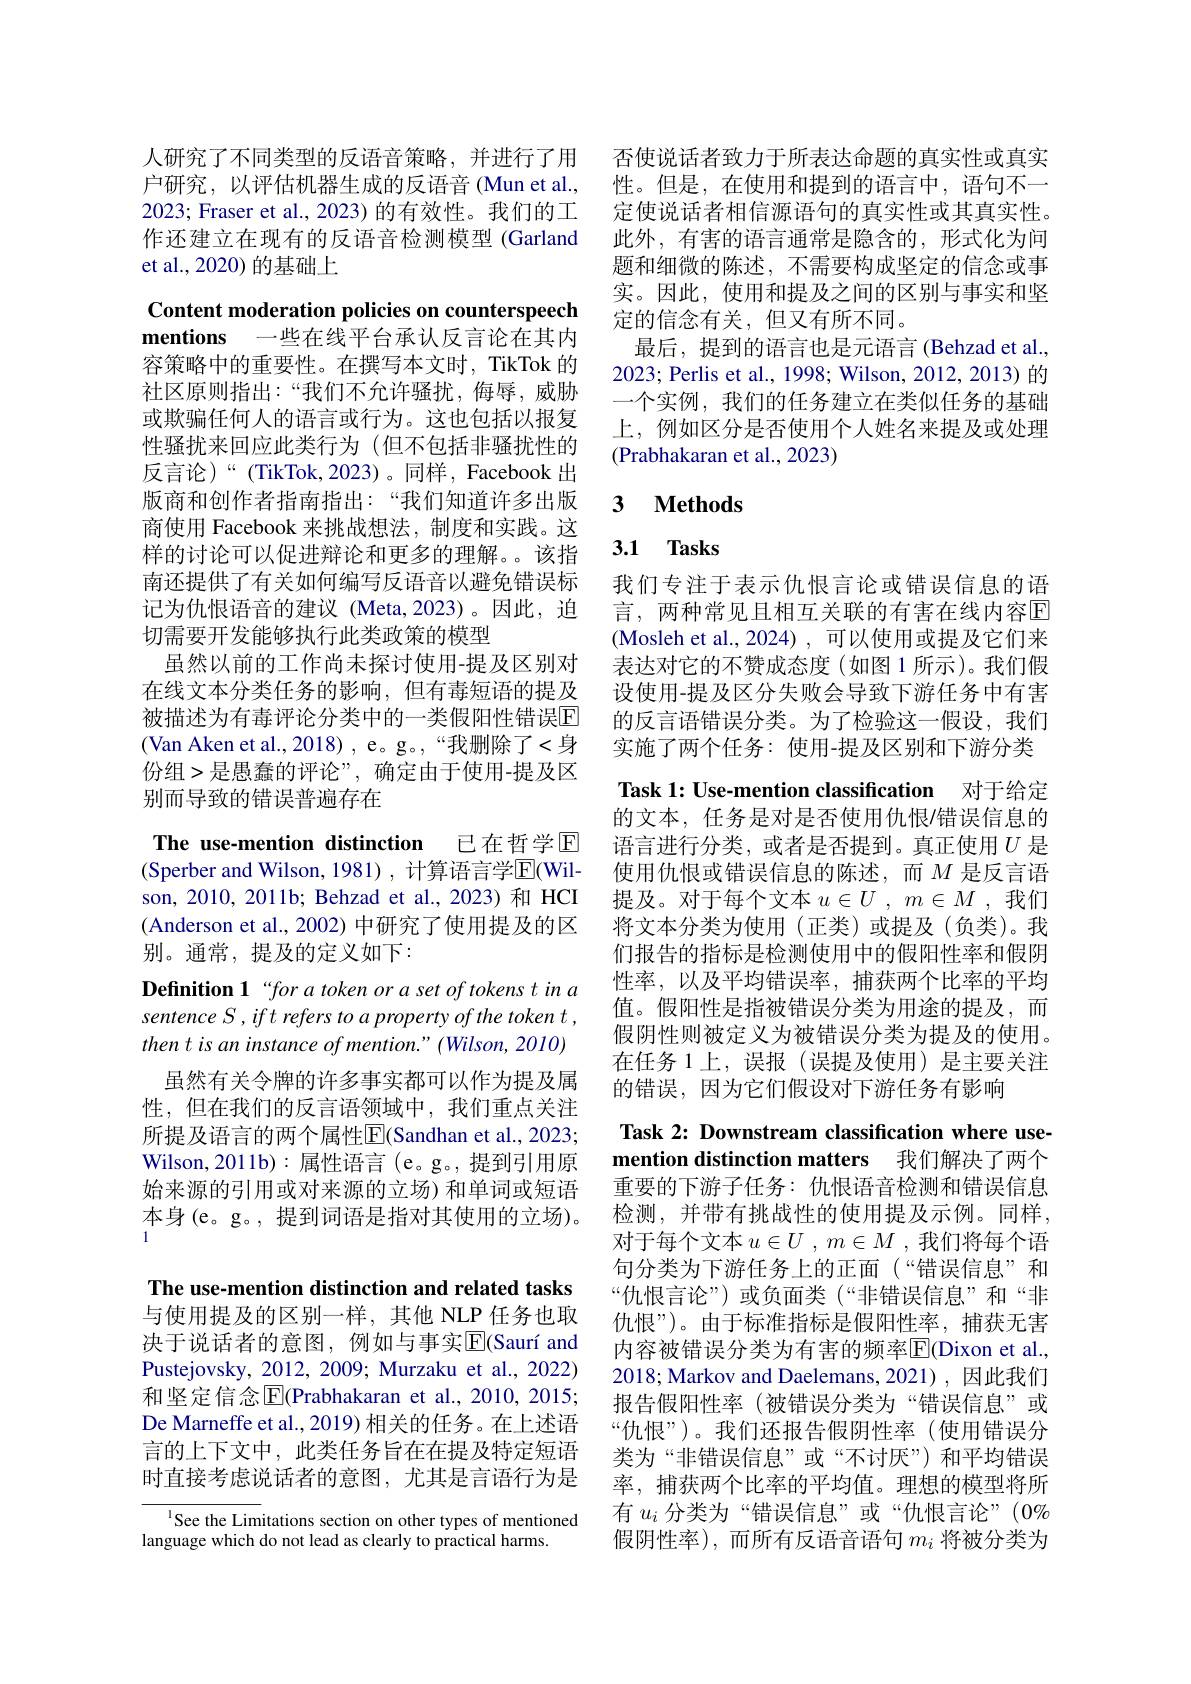
人研究了不同类型的反语音策略，并进行了用户研究，以评估机器生成的反语音(Mun et al., 2023; Fraser et al., 2023) 的有效性。我们的工作还建立在现有的反语音检测模型 (Garland et al., 2020) 的基础上

Content moderation policies on counterspeech mentions 一些在线平台承认反言论在其内容策略中的重要性。在撰写本文时，TikTok 的社区原则指出：“我们不允许骚扰，侮辱，威胁或欺骗任何人的语言或行为。这也包括以报复性骚扰来回应此类行为 (但不包括非骚扰性的反言论)“(TikTok,2023)。同样，Facebook出版商和创作者指南指出：“我们知道许多出版商使用 Facebook 来挑战想法，制度和实践。这样的讨论可以促进辩论和更多的理解。。该指南还提供了有关如何编写反语音以避免错误标记为仇恨语音的建议(Meta,2023)。因此，迫切需要开发能够执行此类政策的模型
虽然以前的工作尚未探讨使用-提及区别对在线文本分类任务的影响，但有毒短语的提及被描述为有毒评论分类中的一类假阳性错误$\mathbb{E}$ (Van Aken et al.,2018) , e。g。,“我删除了<身份组>是愚蠢的评论”,确定由于使用-提及区别而导致的错误普遍存在
The use-mention distinction 已在哲学$\mathbb{E}$

(Sperber and Wilson, 1981), 计算语言学$\overline{\mathrm{E}}($Wilson, 2010, 2011b; Behzad et al., 2023) 和 HCI (Anderson et al., 2002) 中研究了使用提及的区别。通常，提及的定义如下：
Definition 1“for a token or a set of tokens t in a sentence S , ift refers to a property of the token t , then t is an instance of mention." (Wilson, 2010)
虽然有关令牌的许多事实都可以作为提及属性，但在我们的反言语领域中，我们重点关注所提及语言的两个属性$\overline{\mathrm{E}}($Sandhan et al., 2023; Wilson,2011b):属性语言(e。g。,提到引用原始来源的引用或对来源的立场)和单词或短语本身(e。g。,提到词语是指对其使用的立场)。The use-mention distinction and related tasks 与使用提及的区别一样，其他 NLP 任务也取决于说话者的意图，例如与事实$\overline {\mathrm{E} }( \text{Saur\'{ı } and}$ Pustejovsky, 2012, 2009; Murzaku et al., 2022) 和坚定信念$\operatorname{E}($Prabhakaran et al.,2010,2015; De Marneffe et al., 2019) 相关的任务。在上述语言的上下文中，此类任务旨在在提及特定短语时直接考虑说话者的意图，尤其是言语行为是

${^{1}\text{See the Limitations section on other types of mentioned}}$
language which do not lead as clearly to practical harms.

否使说话者致力于所表达命题的真实性或真实性。但是，在使用和提到的语言中，语句不一定使说话者相信源语句的真实性或其真实性。此外，有害的语言通常是隐含的，形式化为问题和细微的陈述，不需要构成坚定的信念或事实。因此，使用和提及之间的区别与事实和坚定的信念有关，但又有所不同。
最后，提到的语言也是元语言 (Behzad et al., 2023; Perlis et al., 1998; Wilson, 2012, 2013) 的一个实例，我们的任务建立在类似任务的基础上，例如区分是否使用个人姓名来提及或处理(Prabhakaran et al., 2023)

### $\textbf{3}$ $\textbf{Methods}$

## 3.1 Tasks

我们专注于表示仇恨言论或错误信息的语言，两种常见且相互关联的有害在线内容回(Mosleh et al., 2024) , 可以使用或提及它们来表达对它的不赞成态度(如图1所示)。我们假设使用-提及区分失败会导致下游任务中有害的反言语错误分类。为了检验这一假设，我们实施了两个任务：使用-提及区别和下游分类Task 1: Use-mention classification 对于给定的文本，任务是对是否使用仇恨/错误信息的语言进行分类，或者是否提到。真正使用$U$是使用仇恨或错误信息的陈述，而$M$ 是反言语提及。对于每个文本$u\in U$ , $m\in M$ ,我们将文本分类为使用(正类)或提及(负类)。我们报告的指标是检测使用中的假阳性率和假阴性率，以及平均错误率，捕获两个比率的平均值。假阳性是指被错误分类为用途的提及，而假阴性则被定义为被错误分类为提及的使用。在任务 1 上，误报 (误提及使用) 是主要关注的错误，因为它们假设对下游任务有影响
Task 2: Downstream classification where usemention distinction matters 我们解决了两个重要的下游子任务：仇恨语音检测和错误信息检测，并带有挑战性的使用提及示例。同样， 对于每个文本$u\in U$ , $m\in M$ ,我们将每个语句分类为下游任务上的正面(“错误信息”和“仇恨言论”)或负面类(“非错误信息”和“非仇恨”)。由于标准指标是假阳性率，捕获无害内容被错误分类为有害的频率$\overline{\mathrm{F}}($Dixon et al. 2018; Markov and Daelemans, 2021) ,因此我们报告假阳性率 (被错误分类为“错误信息”或“仇恨”)。我们还报告假阴性率(使用错误分类为“非错误信息”或“不讨厌”) 和平均错误率，捕获两个比率的平均值。理想的模型将所有$u_i$分类为“错误信息”或“仇恨言论”(0% 假阴性率),而所有反语音语句$m_i$将被分类为